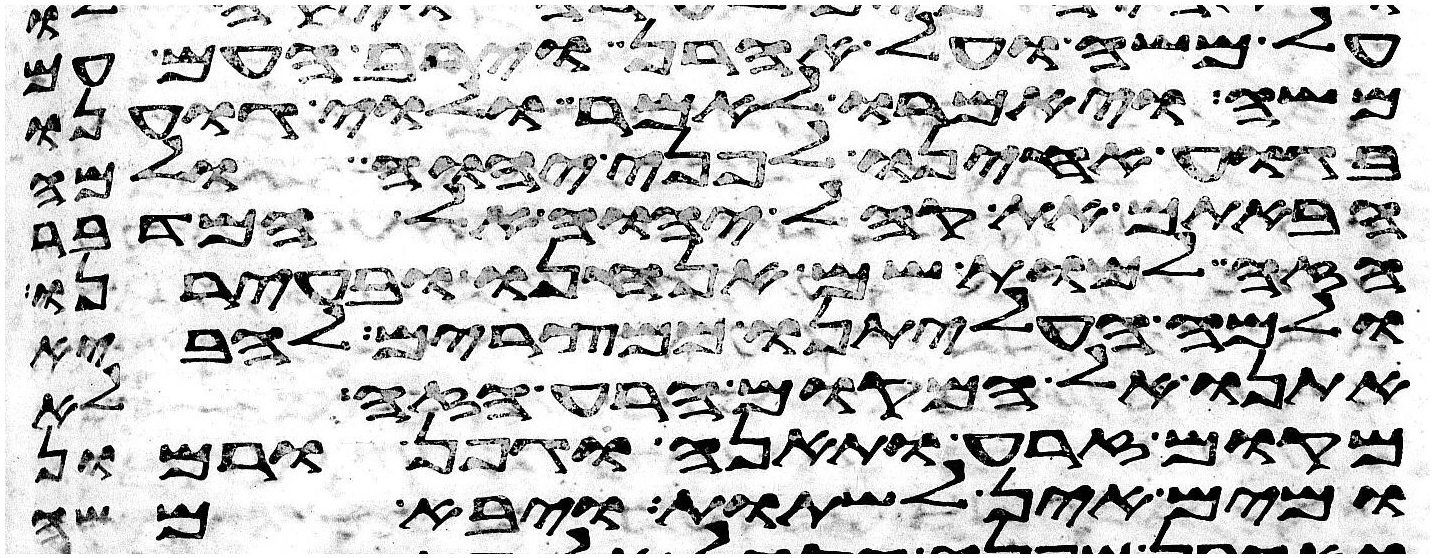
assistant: על משה ועל אהרן וירב העם עם
משה ויאמרו לאמר ולוי גוענו
בגוע אחינו לפני יהוה ולמה
הבאתם את קהל יהוה אל המדבר
הזה למות שם אנחנו ובעירנו
ולמה העליתנו ממצרים להביא
אתנו אל המקום הרע הזה לא
מקום זרע תאנה גפן ורמון
ומים אין לשתות ויבא משה